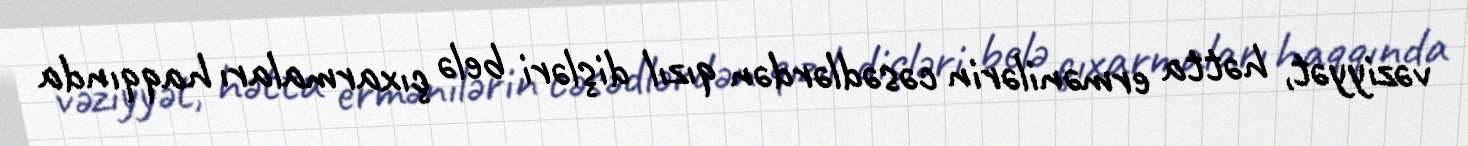
vəziyyət, hətta ermənilərin cəsədlərdən qızıl dişləri belə çıxarmaları haqqında